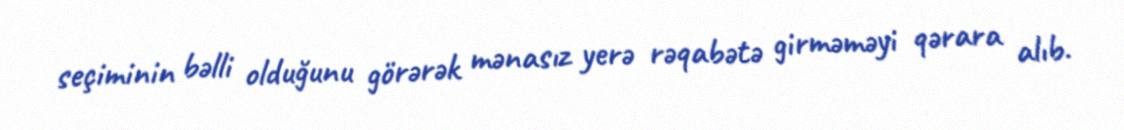
seçiminin bəlli olduğunu görərək mənasız yerə rəqabətə girməməyi qərara alıb.